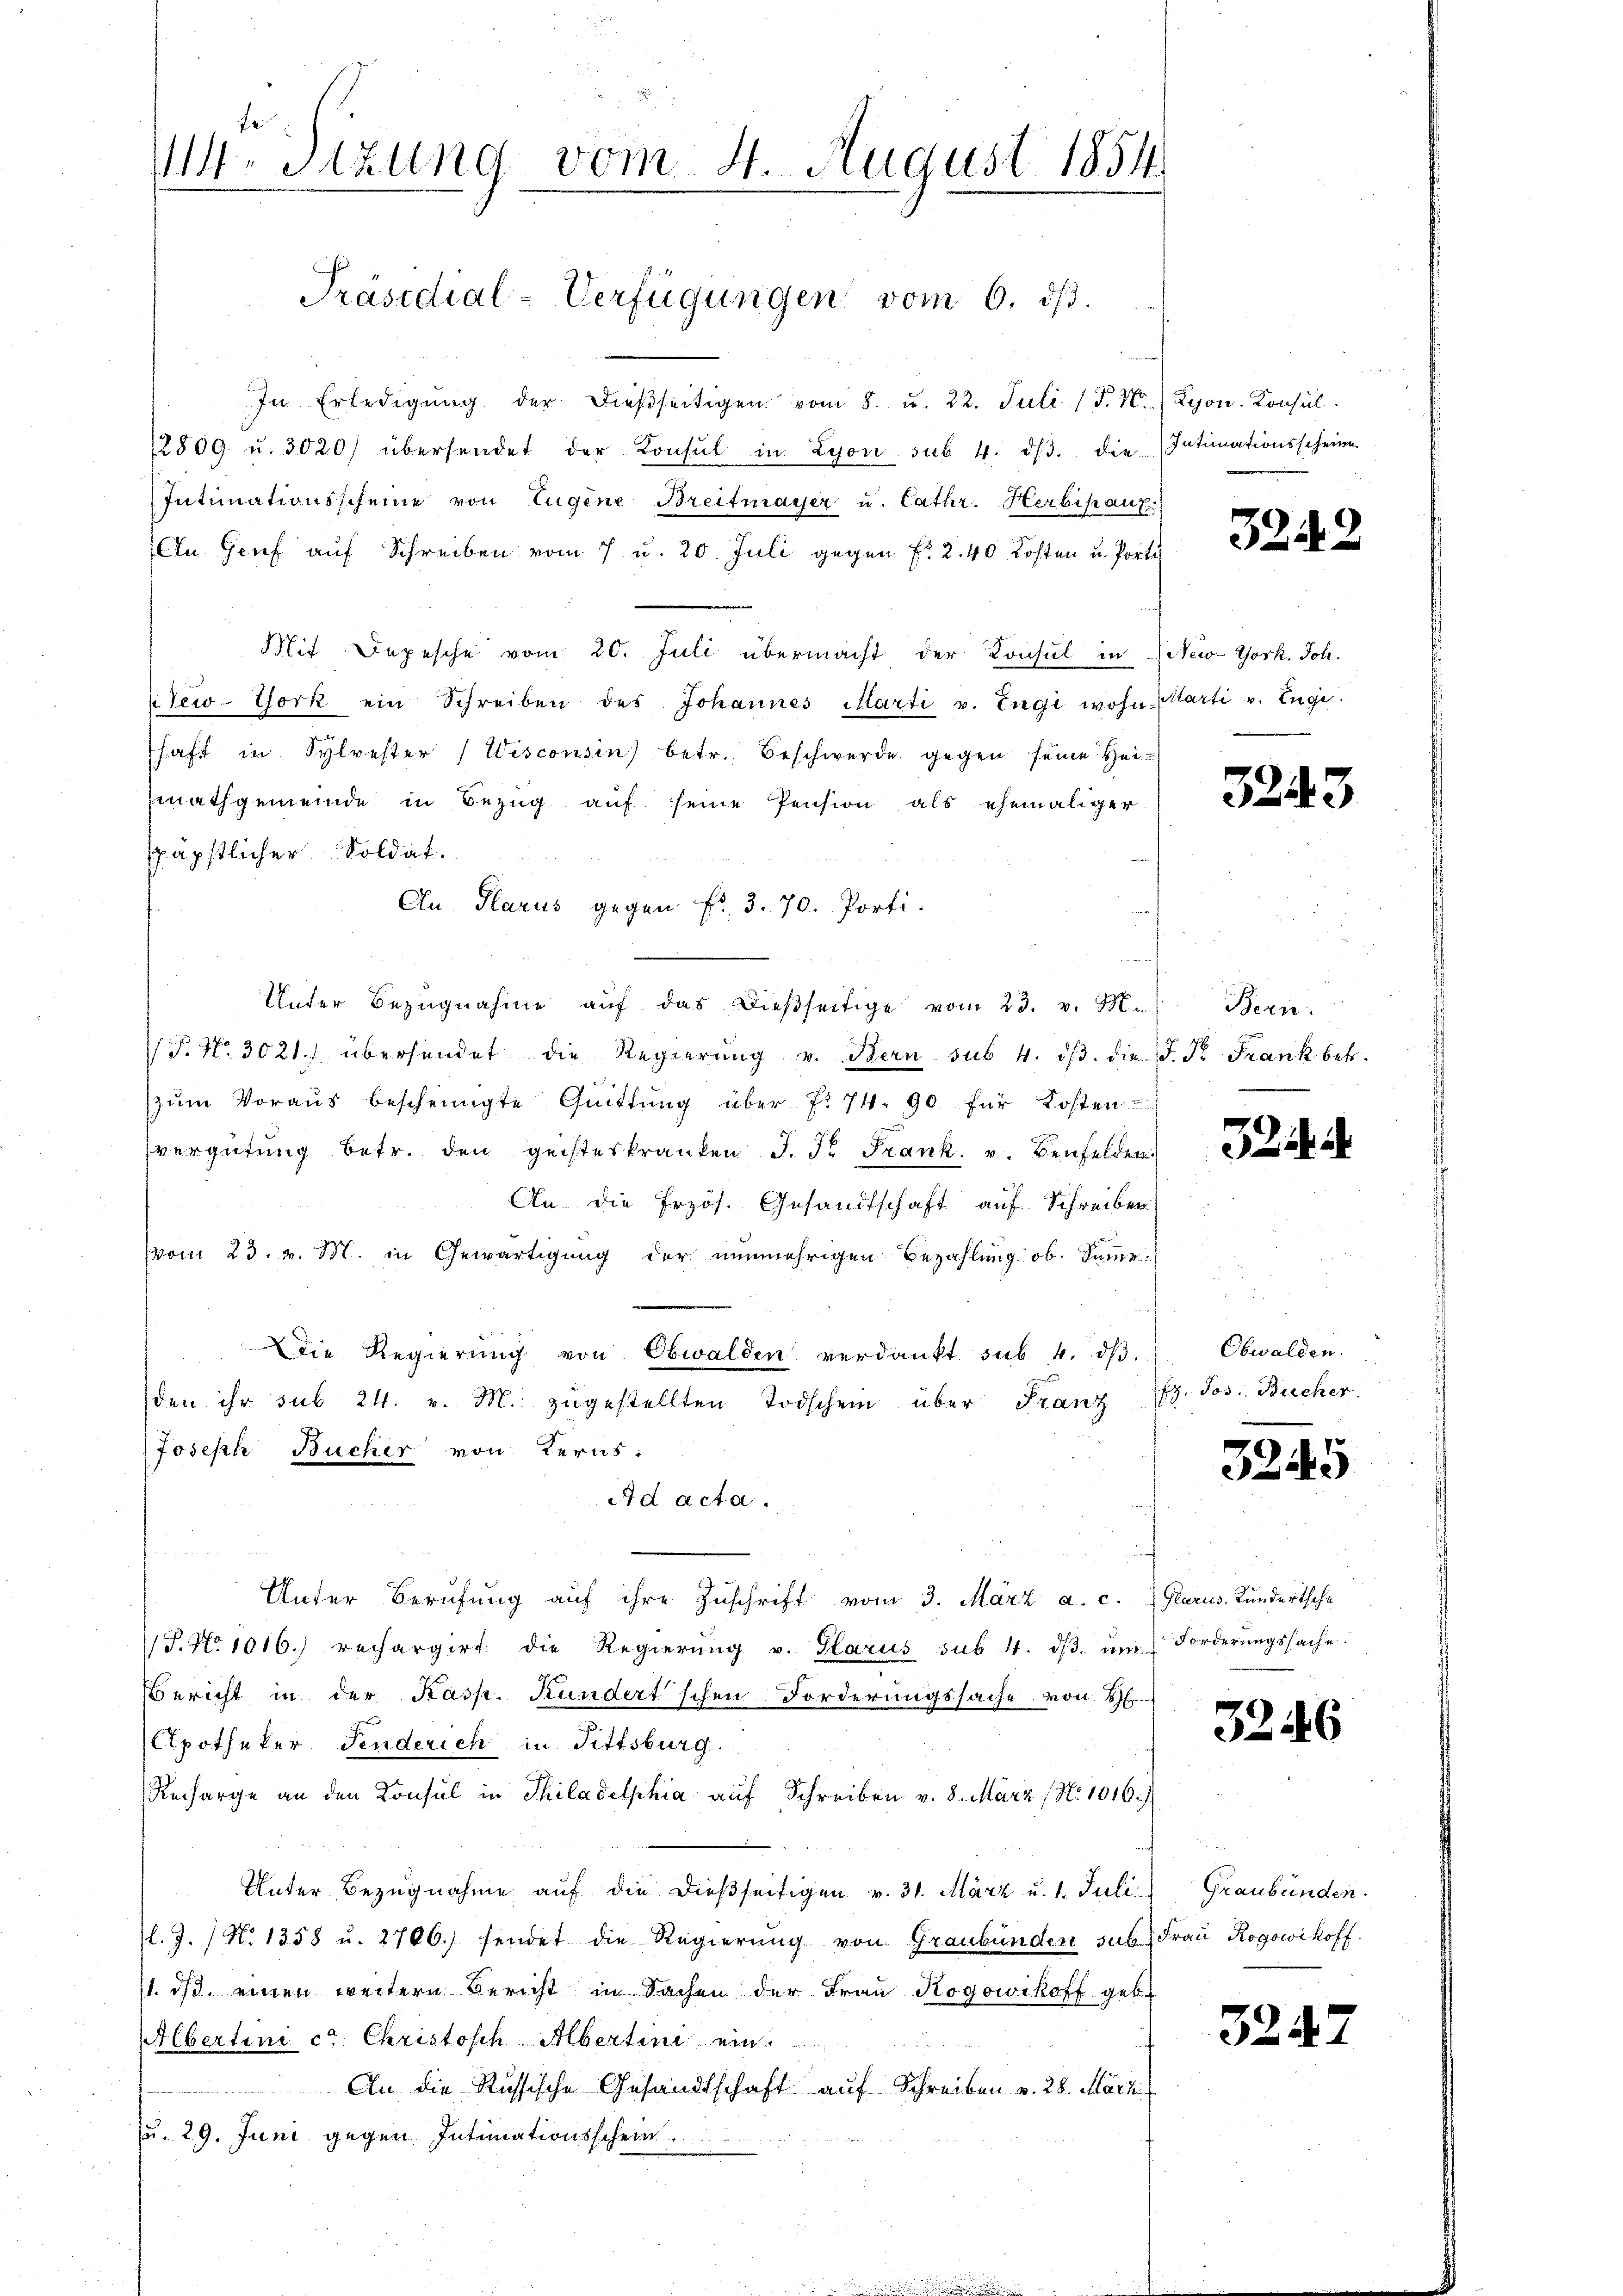
114. Sitzung vom 4. August 1854

Präsidial-Verfügungen vom 6. ds.

In Erledigŭng der dieβseitigen vom 8. u. 22. Juli (§. 1.) Lyon. Konsul
2809. u. 3020) übersendet der Konsul in Lyon sub. 4. dβ. die Intimationsscheine
Intimationsscheine von Eugene Breitmayer u. Cathr. Herbipaut
An Genf auf Schreiben vom 7 u. 20. Juli gegen Fr. 2. 40 Kosten u. Porti
Mit Depesche vom 20. Juli übermacht der Konsul in New-York. Joh.
 Tew-York ein Schreiben des Johannes Marti v. Engi wohn- Marti v. Engi.
haft in Sylvester (Wisconsin) betr. Beschwerde gegen seine Hei¬
Einathgemeinde in Bezug auf seine Pension als ehemaliger
späpstlicher Soldat.
On Glarus gegen Fr. 3. 70. Porti-
Unter Bezŭgnahme aŭf das dieβseitige vom 23. v. M.
 P. Nr. 3021) übersendet die Regierŭng v. Bern sub 4. dβ. die F. Fr. Frank betr.
zŭm Voraus bescheinigte Qŭittŭng über f. 71. 90 für Kosten
vergütung betr. den geisteskranken J. P. Frank. v. Benfelden.
An die Erzös. Gesandtschaft auf Schreiben
vom 23. v. M. in Gewärtigung der nunmehrigen Bezahlung ob. Samme
Die Regierŭng von Obwalden verdankt sub. 4. dβ. Obwalden.
den ihr sub 24. v. M. zugestellten Todschein über Franz (lt. Jos. Bücher.
Joseph Bucher von Kerns:
2d acta.
Unter Berufung auf ihre Zuschrift vom 3. März a. c. Glarus, Kundertsche
S. No 1016.) rechargirt die Regierŭng v. Glarus sub. 4. dβ. ŭm Forderŭngssache.
Bericht in der Kasp. Kundertschen Forderungssache von S
Apotheker Fenderich in Fittsburg.
Recharge an den Konsul in Philadelphia auf Schreiben v. 8. März (No 1016./
Unter Bezugnahme auf die dießseitigen v. 31. März u. 1. Juli) Graubünden.
l.J. / N. 1358 u. 2706. sendet die Regierung von Graubünden sub. Frau Rogowihoff
1. ds. einen weitern Bericht in Sachen der Frau Kogowikoff geb.
Albertini ca Christisch Albertini ein
An die Russische Gesandtschaft auf Schreiben v. 28. März
u. 29. Juni gegen Intimationsschein

3242

3243

Bern.

3

3245

3246

3247